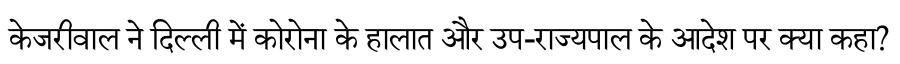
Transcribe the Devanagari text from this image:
केजरीवाल ने दिल्ली में कोरोना के हालात और उप-राज्यपाल के आदेश पर क्या कहा?